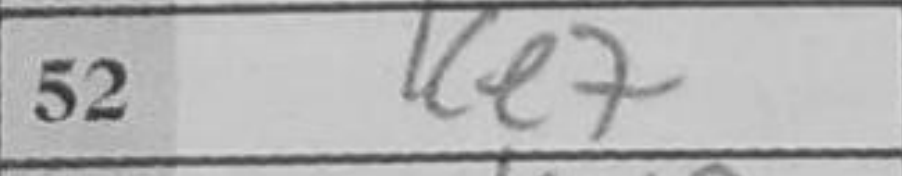
Transcription: Ke7